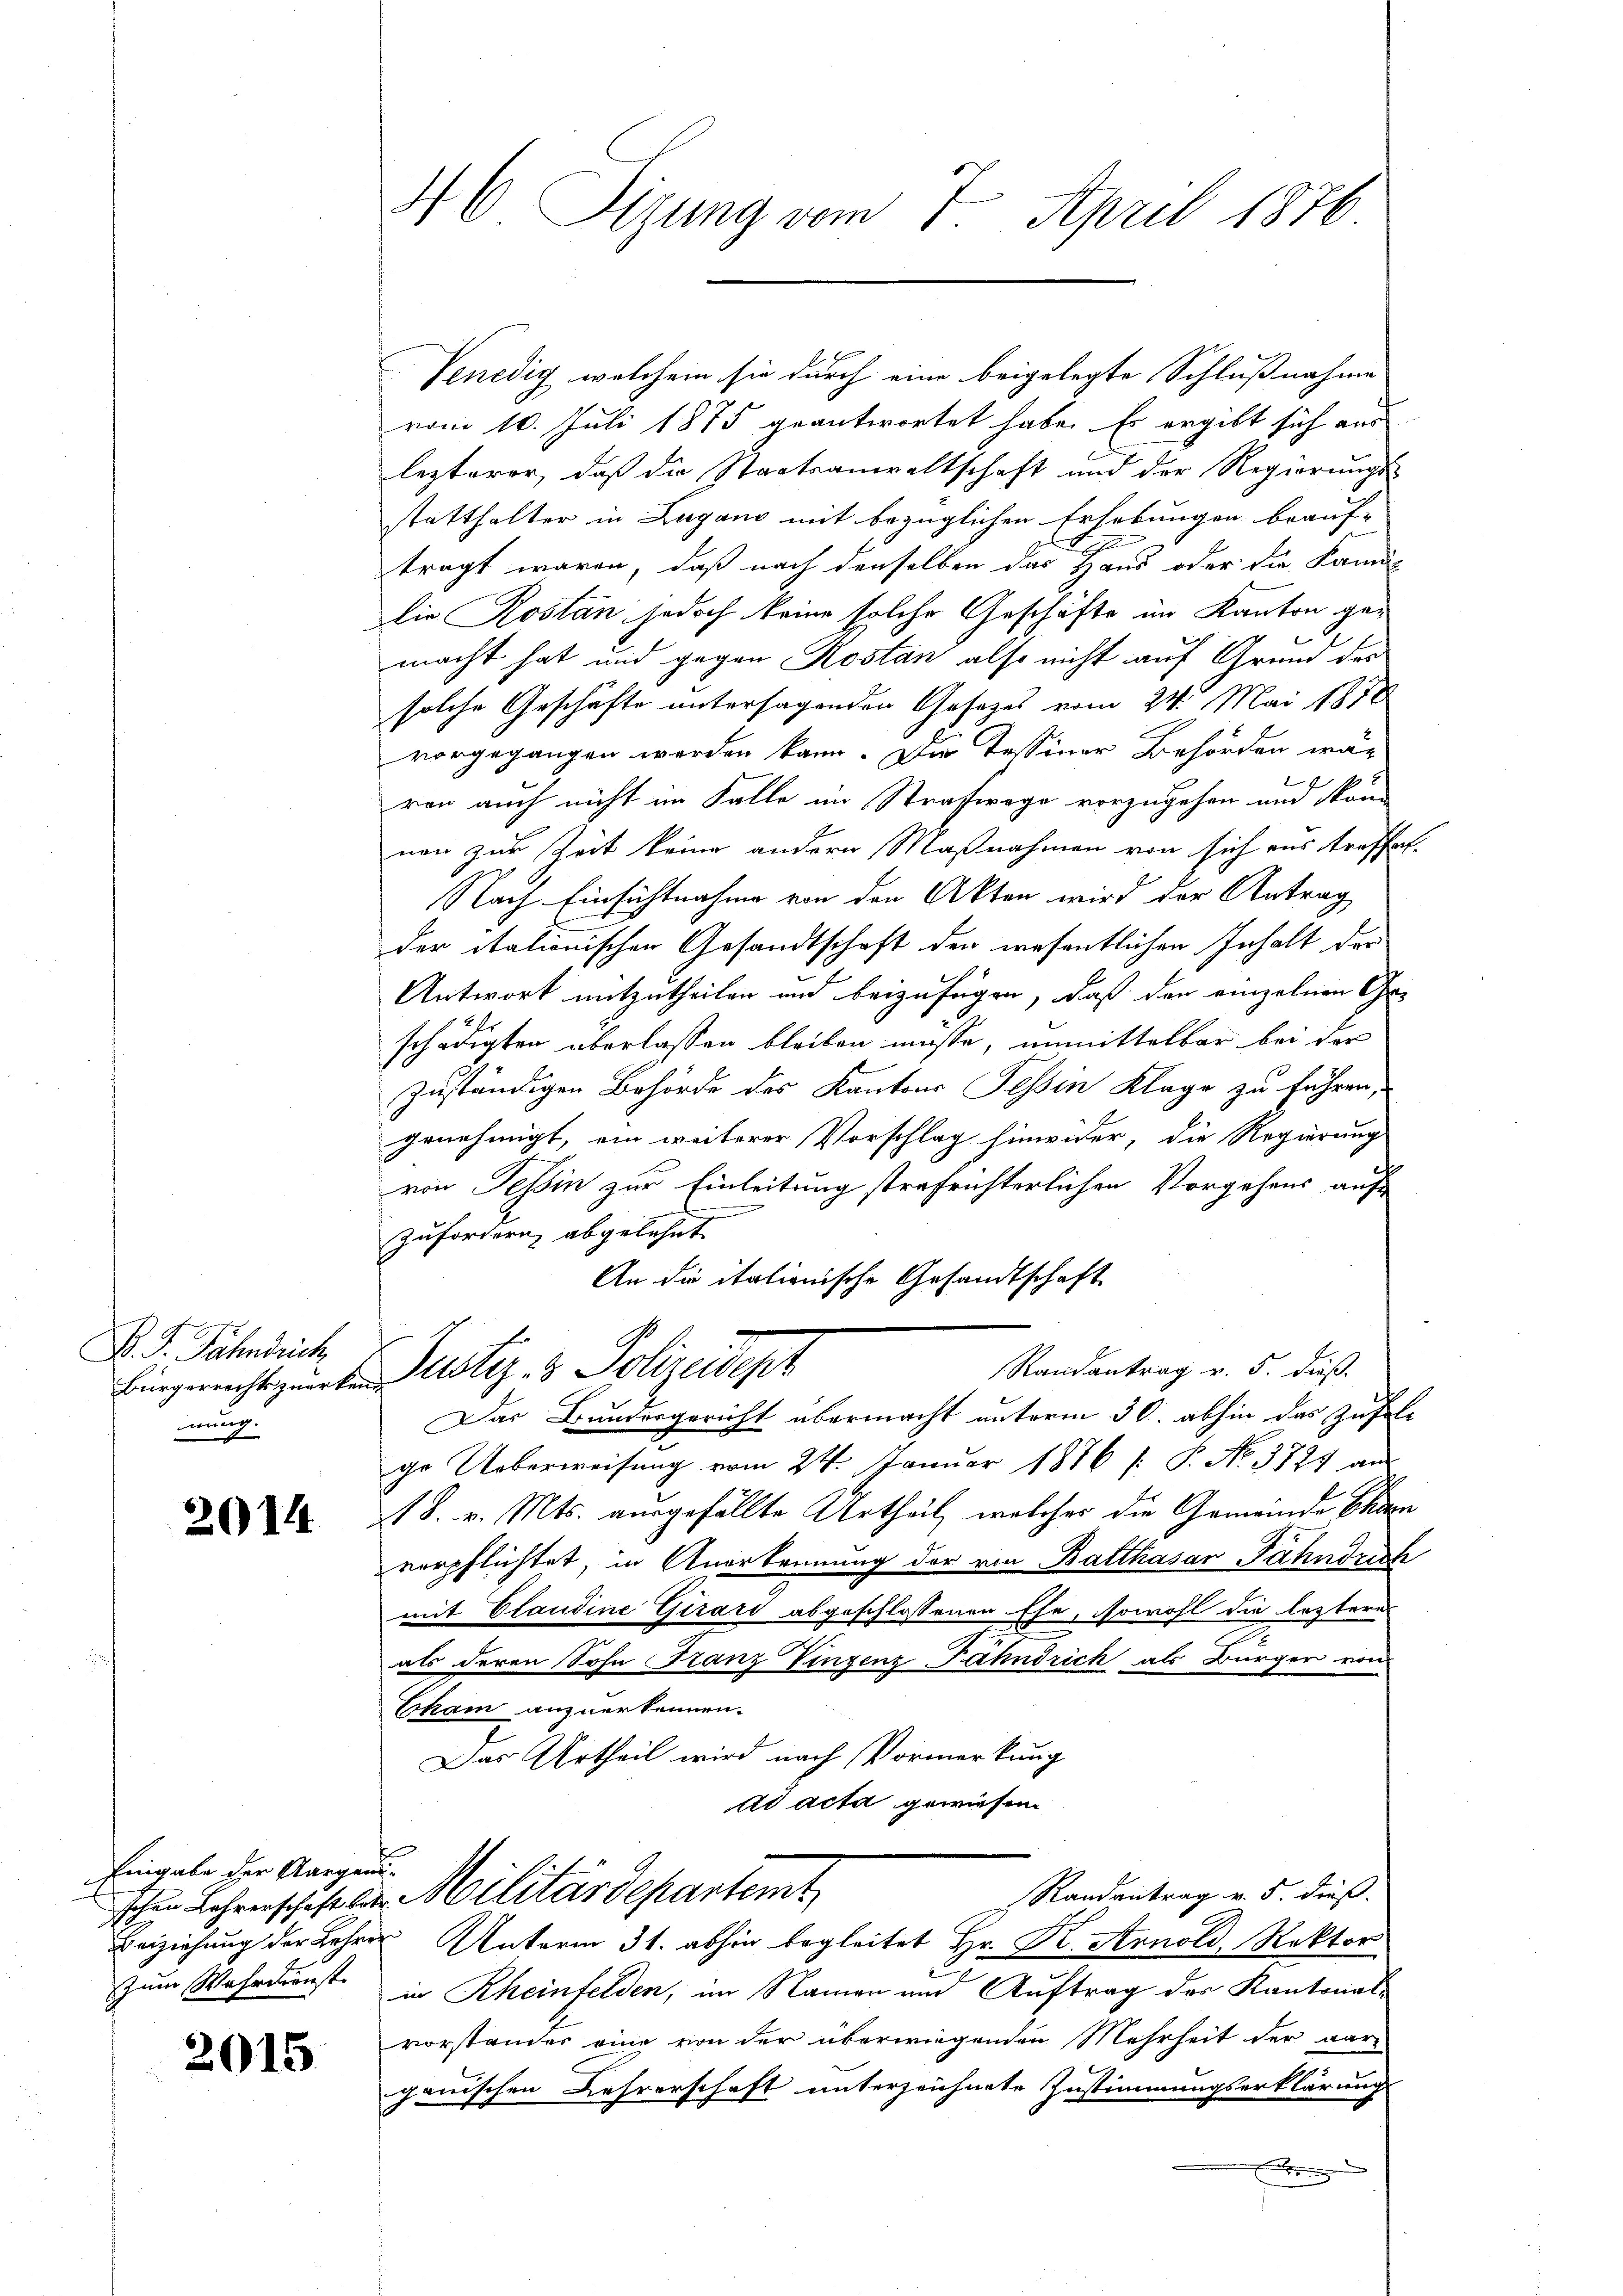
P. F. Fahndrich
Bürgerrechts zuerken
nung.

2014

Eingabe der Aargaui¬

2015

46 Sizung vom 7. April 1876

Venedig, welchem sie durch eine beigelegte Schlußnahme
vom 10. Juli 1875 geantwortet habe. Es ergibt sich aus
lezterer, daß die Staatsanwaltschaft und der Regierungs-
statthalter in Lugano mit bezüglichen Erhebungen beauf-
tragt waren, daß nach denselben das Haus oder die Kanlie Kostan jedoch keine solche Geschäfte im Kanton ge-
macht hat und gegen Kosten also nicht auf Grund des
solche Geschäfte untersagenden Gesetzes vom 24. Mai 1878
vorgegangen worden kann. Die Tessiner Behörden wär
2
ren auch nicht im Falle im Strafwage vorzugehen und Kon-
nen zur Zeit keine andern Maßnahmen von sich aus traffal¬
Nach Einsichtnahme von den Akten wird der Antrag
der italionischen Gesandtschaft den wesentlichen Inhalt der
Antwort mitzutheilen und beizufügen, daß den einzelnen Ge-
schädigten überlassen bleiben müsse, unmittelbar bei der
zuständigen Behörde des Kantons Tessin Klage zu führen,
genehmigt, ein weiterer Vorschlag hinwider, die Regierung
von Tessin zur Einleitung strafrichterlichen Vorgehens auf
zufordern abgelehnt.
An die italienische Gesandtschaft
Randantrag v. 5. dieß.
Justiz- & Polizeidigt
Das Bundesgericht übermacht unterm 30. abhin das Zusale
ge Ueberweisung vom 24. Januar 1886 /: P. No. 3724 aus
18. v. Mts. ausgefällte Urtheil, welcher die Gemeinde Chan
verpflichtet, in Anerkennung der von Balthasar Fahndrich
mit Claudine Girard abgeschlossenen Ehe, sowohl die letztere
als deren Sohn Franz Vinzenz Fahndrich als Bürger von
Cham anzuerkennen.
Das Urtheil wird nach Vormerkung
ad acta gewiesen
Randantrag v. 5. dieß.
schen Lehrerschaft die Militärdepartemt
Beiziehung der Lehrer Unterm 31. abhin begleitet Hr. R. Arnold, Rektor
zum Wahrdienst in Rheinfelden, im Namen und Auftrag des Kantonalvorstander eine von der überwiegenden Mehrheit der aar-
ganischen Lehrerschaft unterzeichnete Zustimmungserklärung